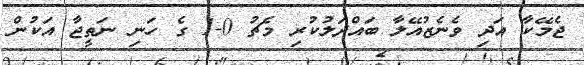
ޖެމޭކާ އަދި ވެނެޒުއޭލާ ބައްދަލުކުރި މެޗު 0-1 ގެ ހަނި ނަތީޖާ އަކުން